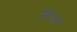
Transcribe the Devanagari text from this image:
सिदेश्वर